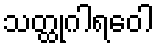
သတ္ထုဂါရဝေါ